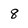
Character: 8